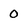
Character: 0